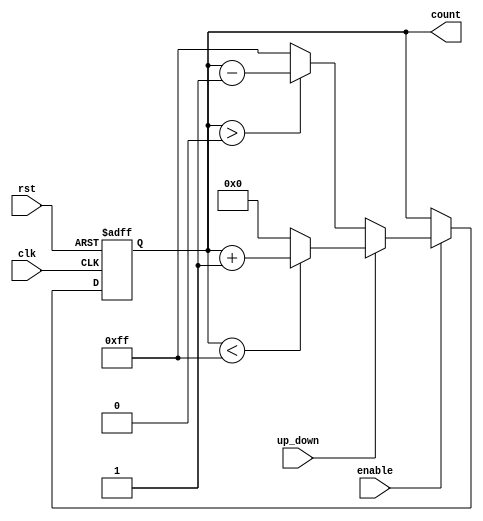
module up_down_counter (
    input wire clk,            // Clock signal
    input wire rst,            // Asynchronous reset (active high)
    input wire up_down,        // Up/Down control signal
    input wire enable,         // Enable signal
    output reg [7:0] count     // Count output (8-bit width)
);

    // Maximum count value based on the bit-width
    localparam MAX_COUNT = 8'hFF; // 255 for 8-bit counter

    // Asynchronous reset
    always @(posedge clk or posedge rst) begin
        if (rst) begin
            count <= 8'd0; // Reset count to 0
        end else if (enable) begin
            if (up_down) begin
                // Increment count
                if (count < MAX_COUNT) begin
                    count <= count + 1; // Increment count
                end else begin
                    count <= 8'd0; // Wrap around to 0 on overflow
                end
            end else begin
                // Decrement count
                if (count > 0) begin
                    count <= count - 1; // Decrement count
                end else begin
                    count <= MAX_COUNT; // Wrap around to max on underflow
                end
            end
        end
    end

endmodule